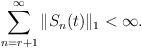
LaTeX: \begin{align*} \sum_{n=r+1}^\infty \|S_n(t)\|_1<\infty.\end{align*}